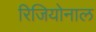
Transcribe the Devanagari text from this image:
रिजियोनाल